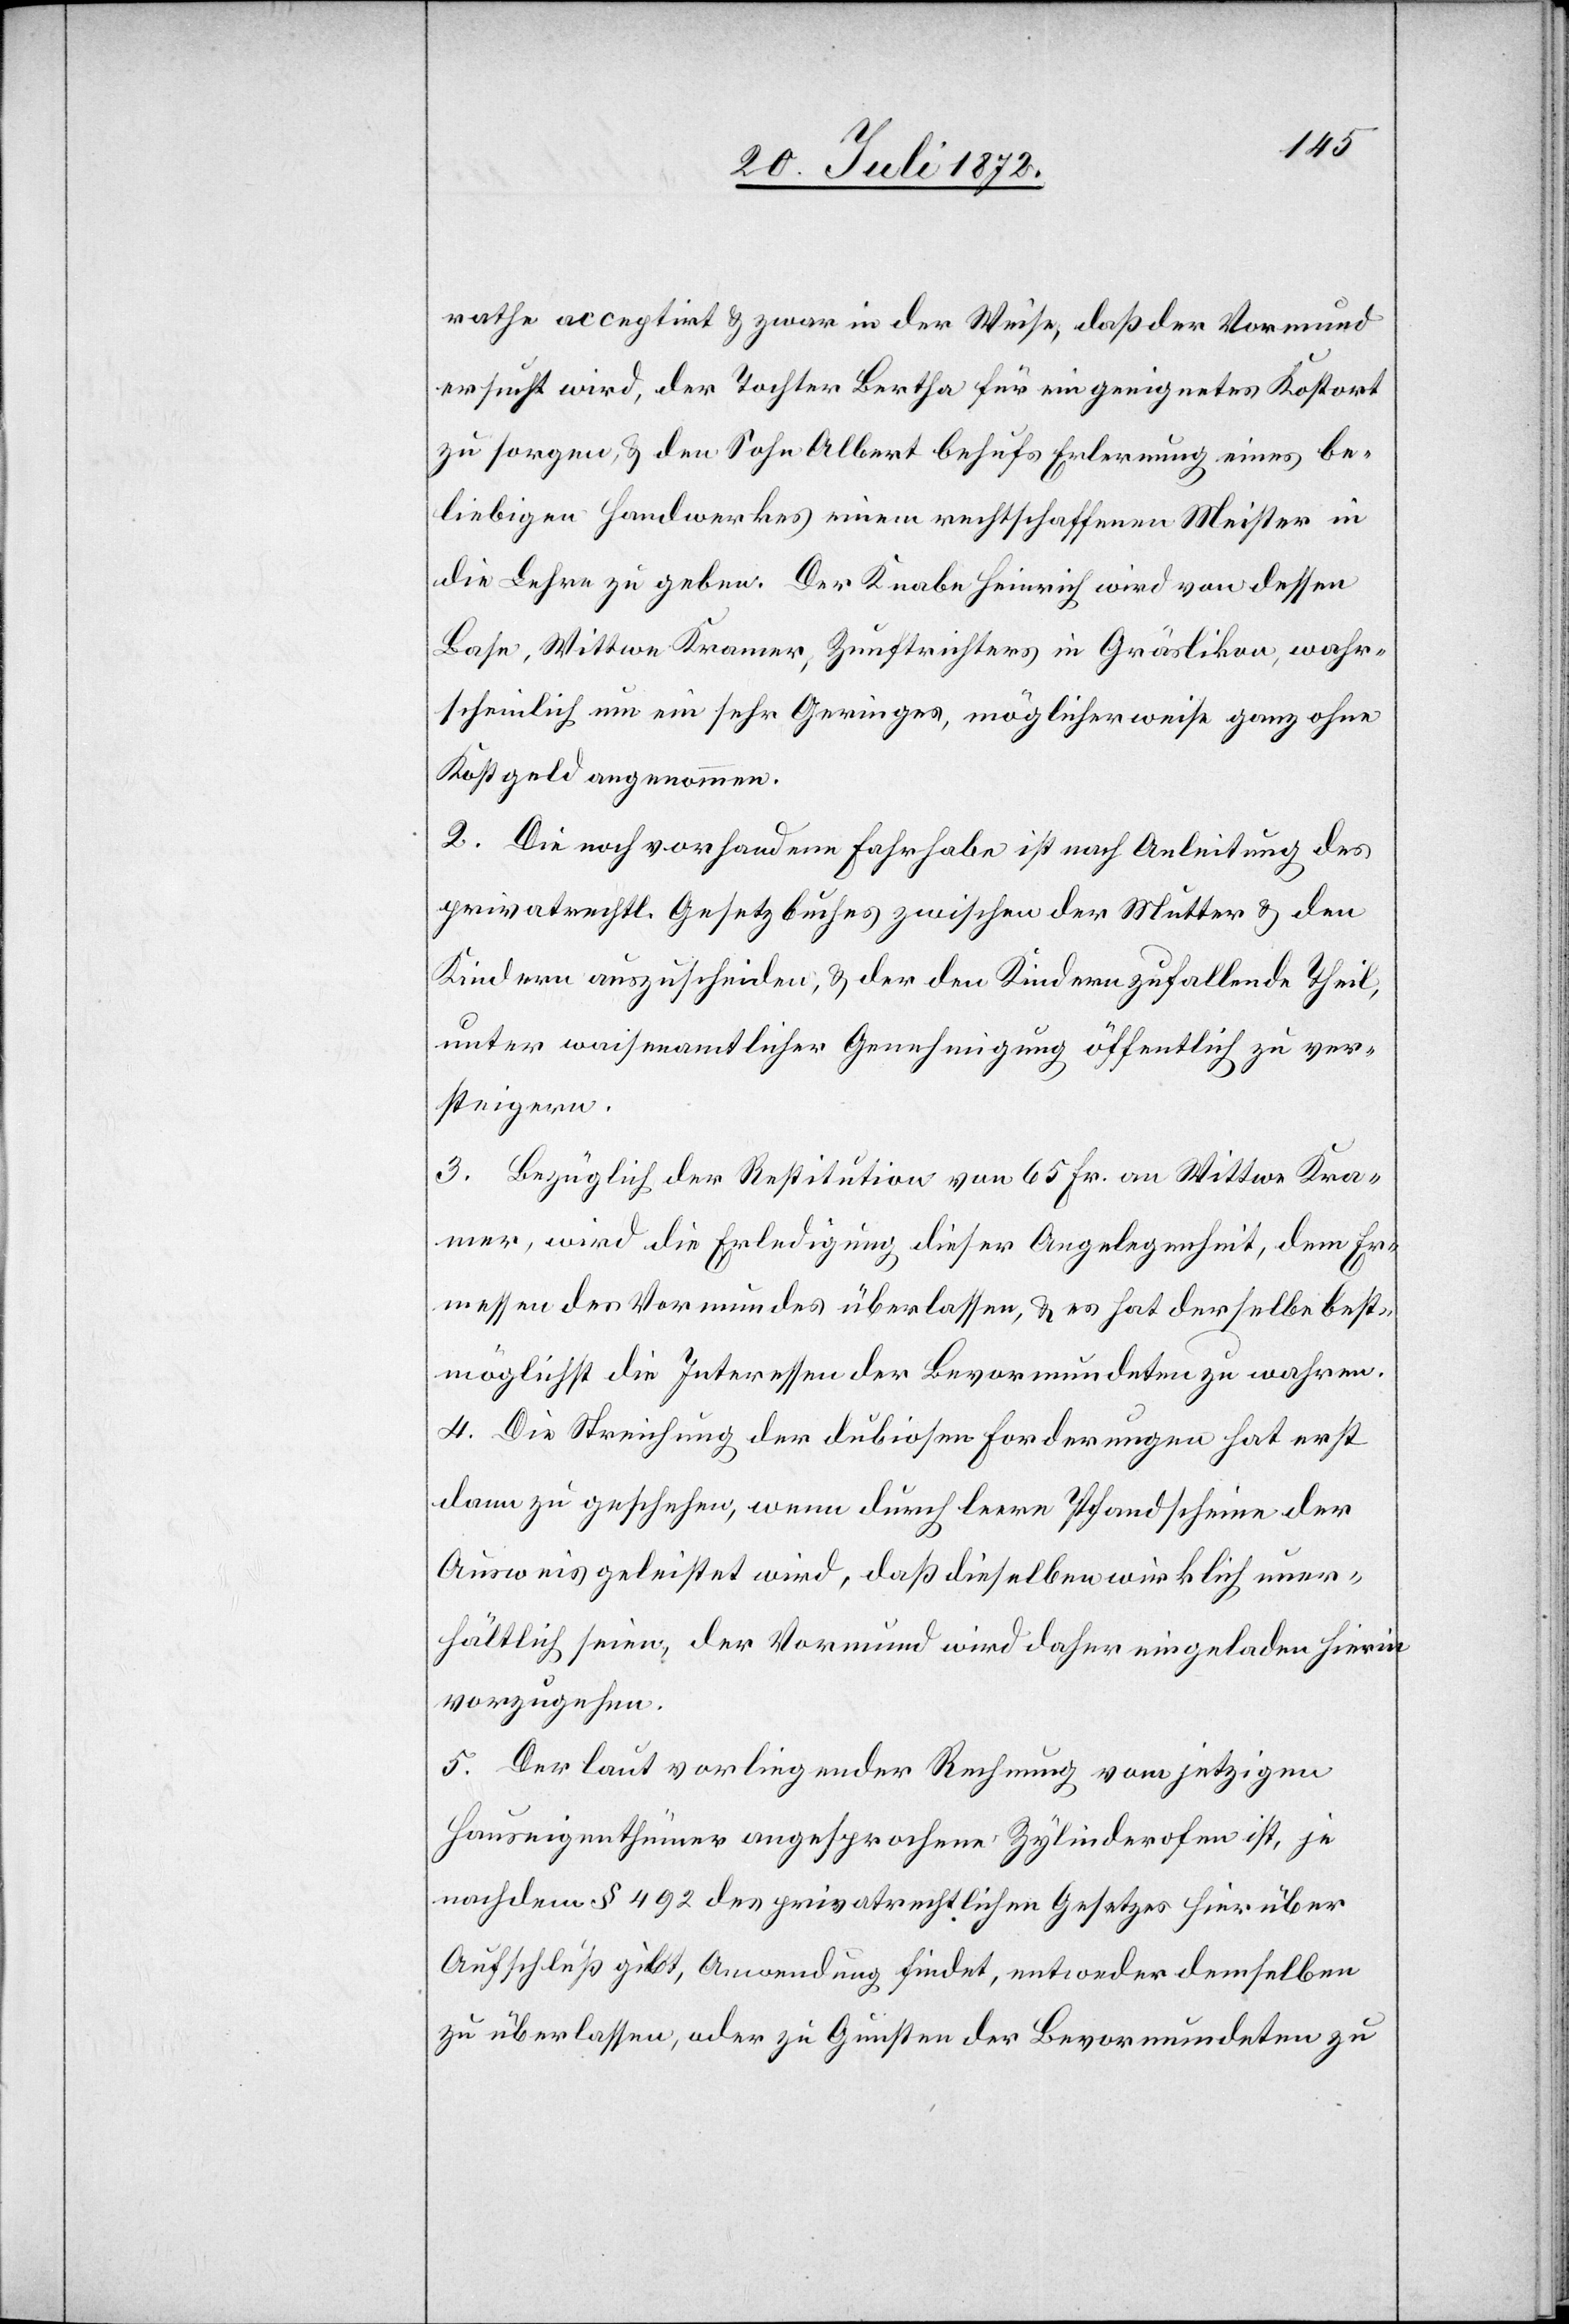
rathe acceptirt u. zwar in der Weise, daß der Vormund
ersucht wird, der Tochter Bertha für ein geeignetes Kostort
zu sorgen, u. den Sohn Albert behufs Erlernung eines be¬
liebigen Handwerkes einem rechtschaffenen Meister in
die Lehre zu geben. Der Knabe Heinrich wird von dessen
Base, Wittwe Kramer, Zunftrichters in Gräslikon, wahr¬
scheinlich um ein sehr Geringes, möglicherweise ganz ohne
Kostgeld angenommen.
2. Die noch vorhandene Fahrhabe ist nach Anleitung des
privatrechtl. Gesetzbuches zwischen der Mutter u. den
Kindern auszuscheiden, u. der den Kindern zufallende Theil,
unter waisenamtlicher Genehmigung öffentlich zu ver¬
steigern.
3. Bezüglich der Restitution von 65 Fr. an Wittwe Kra¬
mer, wird die Erledigung dieser Angelegenheit, dem Er¬
messen des Vormundes überlassen, u. es hat derselbe best¬
möglichst die Interessen der Bevormundeten zu wahren.
4. Die Streichung der dubiosen Forderungen hat erst
dann zu geschehen, wenn durch leere Pfandscheine der
Ausweis geleistet wird, daß dieselben wirklich uner¬
hältlich seien, der Vormund wird daher eingeladen hierin
vorzugehen.
5. Der laut vorliegender Rechnung vom jetzigen
Hauseigenthümer angesprochene Zylinderofen ist, je
nachdem § 492 des privatrechtlichen Gesetzes hierüber
Aufschluß gibt, Anwendung findet, [sic!] entweder demselben
zu überlassen, oder zu Gunsten der Bevormundeten zu